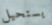
يستحيل